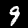
Label: 9